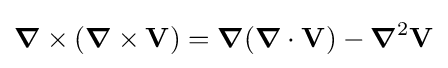
{\boldsymbol {\nabla }}\times ({\boldsymbol {\nabla }}\times \mathbf {V} )={\boldsymbol {\nabla }}({\boldsymbol {\nabla }}\cdot \mathbf {V} )-{\boldsymbol {\nabla }}^{2}\mathbf {V}